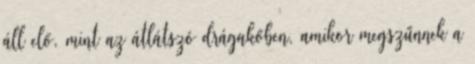
áll elő, mint az átlátszó drágakőben, amikor megszűnnek a